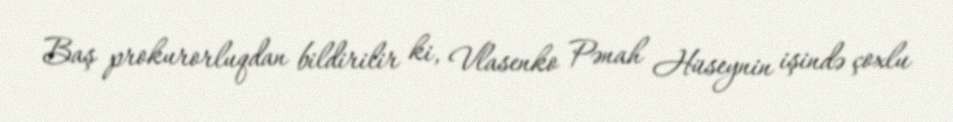
Baş prokurorluqdan bildirilir ki, Vlasenko Pənah Hüseynin işində çoxlu